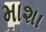
માશા